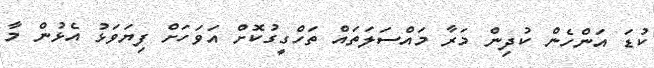
ކުޑަ އަންހެން ކުދިން މަރާ މައްސަލަތައް ތަހްގީގުކޮށް އަވަހަށް ފިޔަވަޅު އެޅުން މާ